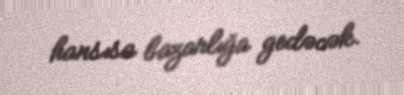
hansısa bazarlığa gedəcək.